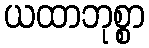
ယထာဘုစ္စာ